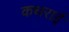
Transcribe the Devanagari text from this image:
कथराई